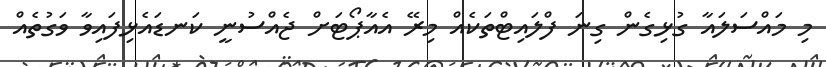
މި މައްސަލައާ ގުޅިގެން ގިނަ ފްލައިޓްތަކެއް މިރޭ އެއާޕޯޓަށް ޖެއްސުނީ ކަނޑައެޅިފައިވާ ވަގުތެއް